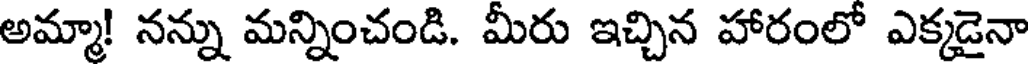
అమ్మా! నన్ను మన్నించండి. మీరు ఇచ్చిన హారంలో ఎక్కడైనా